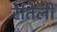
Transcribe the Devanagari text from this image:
रेतिली